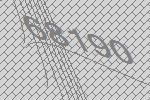
68190